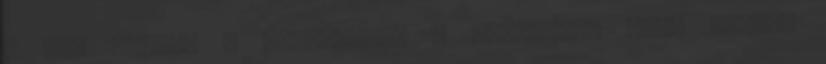
- Kit utálsz a legjobban? - Szerinted lesz jövője